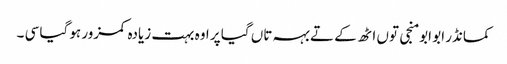
کمانڈر ابو ابو منجی توں اٹھ کے تے بہہ تاں گیا پر اوہ بہت زیادہ کمزور ہو گیا سی ۔